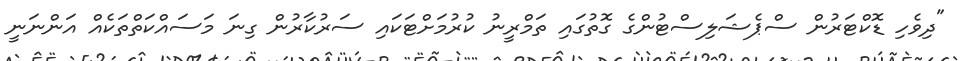
"ދިވެހި ޑޮކްޓަރުން ސްޕެޝަލިސްޓުންގެ ގޮތުގައި ތަމްރީނު ކުރުމަށްޓަކައި ސަރުކާރުން ގިނަ މަސައްކަތްތަކެއް އަންނަނީ